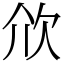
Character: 㰡